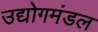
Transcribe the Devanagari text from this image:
उद्योगमंडल